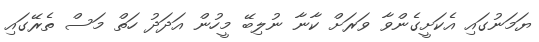
ޔަމަނުގައި އެކަށީގެންވާ ވަރަށް ކާނާ ނުލިބޭ މީހުން އަދަދު ހަތް މަސް ތެރޭގައި